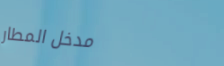
مدخل المطار